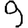
Digit: 9